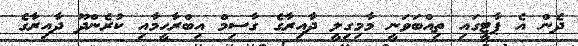
ދެން އެ ޕާޓީގައި ތިއްބަވަނީ މާމިގިލީ ދާއިރާގެ ގާސިމް އިބްރާހީމާއި ކުރެންދޫ ދާއިރާގެ